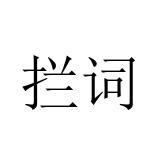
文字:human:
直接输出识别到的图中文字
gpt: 拦词